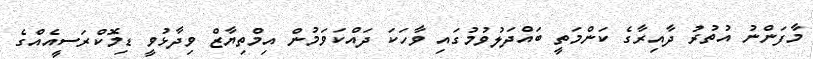
މާފަންނު އުތުރު ދާއިރާގެ ކަންމަތީ ބައްދަލުވުމުގައި ވާހަކަ ދައްކަވަމުން އިމްތިޔާޒް ވިދާޅުވީ ޑިމޮކްރަސީއެއްގެ